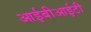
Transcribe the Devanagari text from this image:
आईबीआईटी